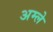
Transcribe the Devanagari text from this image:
अम्‍ले